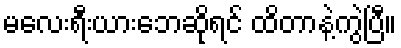
မလေးရီးယားဘေဆိုရင် ထိတာနဲ့ကွဲပြီ။